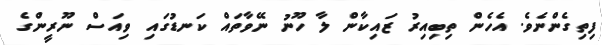
ފިތިގެންނެވެ. އެހެން ތިބިއިރު ޒައިކާން ލާ ހޫނު ނޭވާތައް ކަނޑުގައި ވިއަސް ނޫރީންގެ